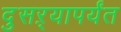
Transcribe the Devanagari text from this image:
दुसऱ्यापर्यंत